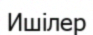
Ишілер